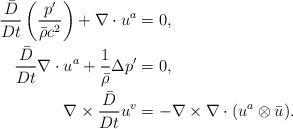
LaTeX: \begin{align*}\frac{\bar{D}}{Dt} \left( \frac{p'}{\bar{\rho}c^2} \right) +\nabla \cdot u^a&=0, \\\frac{\bar{D}}{Dt} \nabla \cdot u^a+\frac{1}{\bar{\rho}} \Delta p' &= 0, \\\nabla \times \frac{\bar{D}}{Dt} u^v &=-\nabla \times \nabla \cdot ( u^a \otimes \bar{u}). \end{align*}